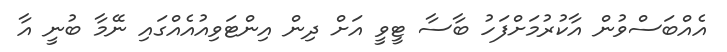
އެއްބަސްވުން އާކުރުމަށްފަހު ބާސާ ޓީވީ އަށް ދިން އިންޓަވިއުއެއްގައި ނޭމާ ބުނީ އާ